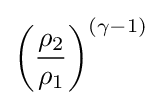
\left({\frac {\rho _{2}}{\rho _{1}}}\right)^{(\gamma -1)}